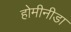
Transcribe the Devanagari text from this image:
होमीनीडा